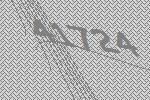
41724